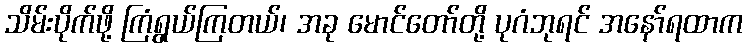
သိမ်းပိုက်ဖို့ ကြံရွယ်ကြတယ်၊ အခု မောင်တော်တို့ ပုဂံဘုရင် အနော်ရထာက